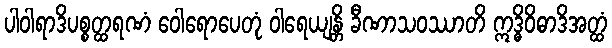
ပါဝါရာဒိပစ္စတ္ထရဏံ ဝေါရောပေတုံ ဝါရေယျန္တိ ခီဏာသဝဿာတိ ဣဒ္ဓိဝိဓာဒိအတ္ထံ